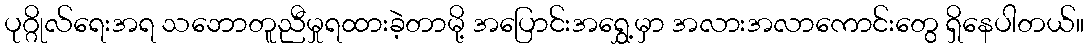
ပုဂ္ဂိုလ်ရေးအရ သဘောတူညီမှုရထားခဲ့တာမို့ အပြောင်းအရွှေ့မှာ အလားအလာကောင်းတွေ ရှိနေပါတယ်။